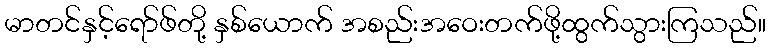
မာတင်နှင့်ရော်ဖ်တို့ နှစ်ယောက် အစည်းအဝေးတက်ဖို့ထွက်သွားကြသည်။